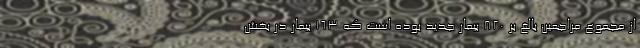
از مجموع مراجعین بالغ بر 820 بیمار جدید بوده است که 163 بیمار در بخش